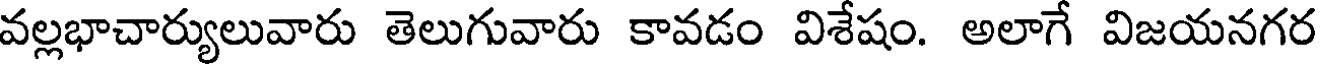
వల్లభాచార్యులువారు తెలుగువారు కావడం విశేషం. అలాగే విజయనగర